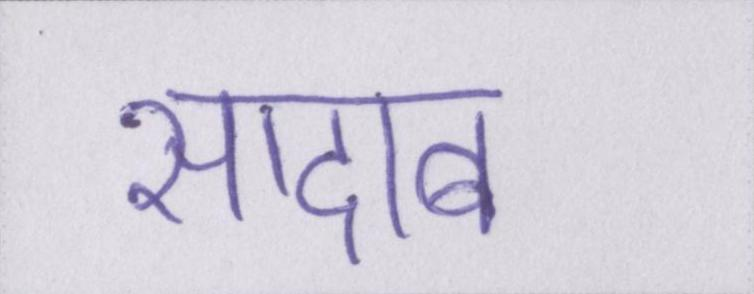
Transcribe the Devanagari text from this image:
सादाब